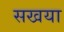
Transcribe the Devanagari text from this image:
सखया